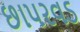
છાપરવડ